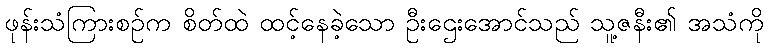
ဖုန်းသံကြားစဉ်က စိတ်ထဲ ထင့်နေခဲ့သော ဦးဌေးအောင်သည် သူ့ဇနီး၏ အသံကို